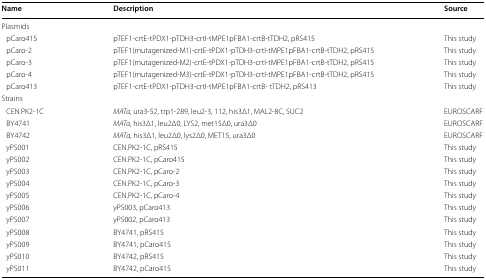
<table><thead><tr><td><b>Name</b></td><td><b>Description</b></td><td><b>Source</b></td></tr></thead><tbody><tr><td colspan="3">Plasmids</td></tr><tr><td> pCaro415</td><td>pTEF1-crtE-tPDX1-pTDH3-crtI-tMPE1pFBA1-crtB-tTDH2, pRS415</td><td>This study</td></tr><tr><td> pCaro-2</td><td>pTEF1(mutagenized-M1)-crtE-tPDX1-pTDH3-crtI-tMPE1pFBA1-crtB-tTDH2, pRS415</td><td>This study</td></tr><tr><td> pCaro-3</td><td>pTEF1(mutagenized-M2)-crtE-tPDX1-pTDH3-crtI-tMPE1pFBA1-crtB-tTDH2, pRS415</td><td>This study</td></tr><tr><td> pCaro-4</td><td>pTEF1(mutagenized-M3)-crtE-tPDX1-pTDH3-crtI-tMPE1pFBA1-crtB-tTDH2, pRS415</td><td>This study</td></tr><tr><td> pCaro413</td><td>pTEF1-crtE-tPDX1-pTDH3-crtI-tMPE1pFBA1-crtB- tTDH2, pRS413</td><td>This study</td></tr><tr><td colspan="3">Strains</td></tr><tr><td> CEN.PK2-1C</td><td><i>MATa</i>, ura3-52, trp1-289, leu2-3, 112, his3Δ1, MAL2-8C, SUC2</td><td>EUROSCARF</td></tr><tr><td> BY4741</td><td><i>MATa</i>, his3Δ1, leu2Δ0, LYS2, met15Δ0, ura3Δ0</td><td>EUROSCARF</td></tr><tr><td> BY4742</td><td><i>MATα</i>, his3Δ1, leu2Δ0, lys2Δ0, MET15, ura3Δ0</td><td>EUROSCARF</td></tr><tr><td> yPS001</td><td>CEN.PK2-1C, pRS415</td><td>This study</td></tr><tr><td> yPS002</td><td>CEN.PK2-1C, pCaro415</td><td>This study</td></tr><tr><td> yPS003</td><td>CEN.PK2-1C, pCaro-2</td><td>This study</td></tr><tr><td> yPS004</td><td>CEN.PK2-1C, pCaro-3</td><td>This study</td></tr><tr><td> yPS005</td><td>CEN.PK2-1C, pCaro-4</td><td>This study</td></tr><tr><td> yPS006</td><td>yPS003, pCaro413</td><td>This study</td></tr><tr><td> yPS007</td><td>yPS002, pCaro413</td><td>This study</td></tr><tr><td> yPS008</td><td>BY4741, pRS415</td><td>This study</td></tr><tr><td> yPS009</td><td>BY4741, pCaro415</td><td>This study</td></tr><tr><td> yPS010</td><td>BY4742, pRS415</td><td>This study</td></tr><tr><td> yPS011</td><td>BY4742, pCaro415</td><td>This study</td></tr></tbody></table>